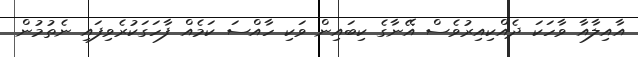
އާއިލާއާ ވާހަކަ ދެއްކިއިރުވެސް އޭނާގެ ކިބައިން ވަކި ހާއްސަ ކަމެއް ފާހަގަކުރެވިފައި ނެތުމުން